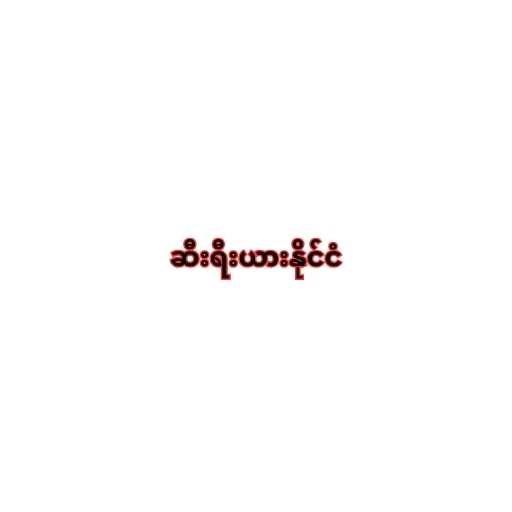
ဆီးရီးယားနိုင်ငံ